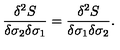
{ \frac { \delta ^ { 2 } S } { \delta \sigma _ { 2 } \delta \sigma _ { 1 } } } = { \frac { \delta ^ { 2 } S } { \delta \sigma _ { 1 } \delta \sigma _ { 2 } } } .